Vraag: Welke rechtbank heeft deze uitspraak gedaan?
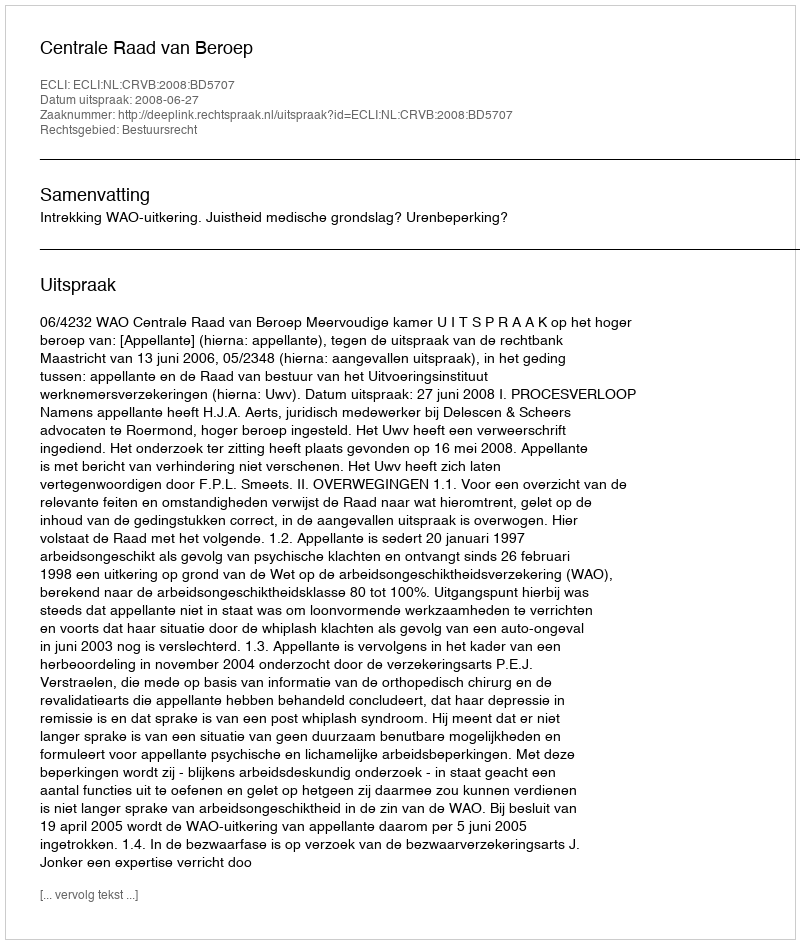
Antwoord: Centrale Raad van Beroep